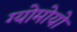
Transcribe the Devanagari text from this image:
ग्योमोयो